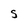
Character: S